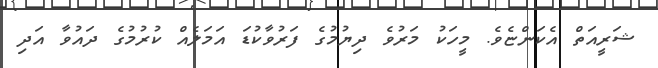
ޝަރީއަތް އެކަންޏެވެ. މީހަކު މަރުވެ ދިޔުމުގެ ފަރުވާކުޑަ އަމަލެއް ކުރުމުގެ ދައުވާ އަދި